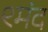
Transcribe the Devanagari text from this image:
९मंद